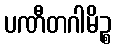
ပဏီတဂါမိဉ္စ